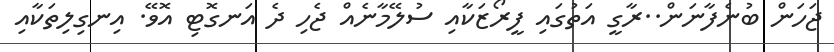
ޖަހަން ބުނެފާނަން..ރާގީ އަތުގައި ފީރޯޒަކާއި ސުލޭމާނެއް ޖެހި ދެ އަނގޮޓި އޮވޭ. އިނގިލިތަކާއި